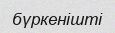
бүркенішті